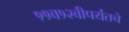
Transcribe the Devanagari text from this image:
११व१२वीपर्यंतचे